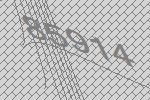
85914